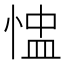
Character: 𢝈